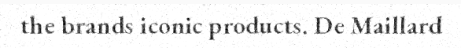
the brands iconic products. De Maillard